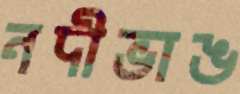
নদীভাঙ